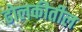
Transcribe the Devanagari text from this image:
ढोलकीतील